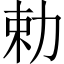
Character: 勅